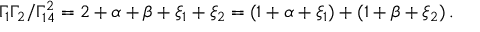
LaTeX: \Gamma _ { 1 } \Gamma _ { 2 } / \Gamma _ { 1 4 } ^ { 2 } = 2 + \alpha + \beta + \xi _ { 1 } + \xi _ { 2 } = ( 1 + \alpha + \xi _ { 1 } ) + ( 1 + \beta + \xi _ { 2 } ) \, .